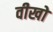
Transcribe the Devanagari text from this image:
वीखो